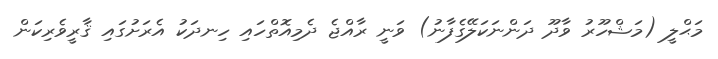
މަޙްލީ (މަޝްހޫރު ވާދޫ ދަންނަކަލޭގެފާނު) ވަނީ ރާއްޖެ ދެމިއޮތްހައި ހިނދަކު އެރަށުގައި ޤާރީވެރިކަން